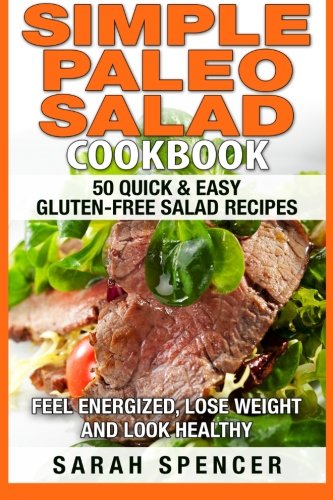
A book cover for Simple Paleo Salad Cookbook; Sarah Spencer; Cookbooks, Food & Wine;